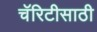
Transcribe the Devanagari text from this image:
चॅरिटीसाठी